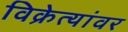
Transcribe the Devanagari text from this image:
विक्रेत्यांवर